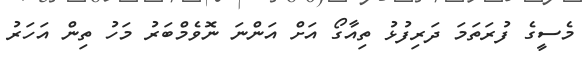
މެސީގެ ފުރަތަމަ ދަރިފުޅު ތިއާގޯ އަށް އަންނަ ނޮވެމްބަރު މަހު ތިން އަހަރު